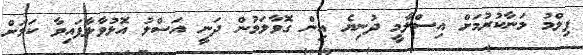
ފިލްމު މަނާކުރުމަށް އިސްލާމީ ދުނިޔެ އިން ގޮވާލަމުން ދަނީ އަސްލު އޮޅުވާލާފައިވާ ކަމަށް